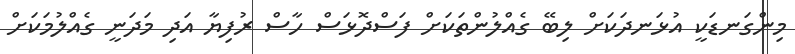
މިންގަނޑަކީ އުޅަނދަކަށް ލިބޭ ގެއްލުންތަކަށް ފަސްދޮޅަސް ހާސް ރުފިޔާ އަދި މަދަނީ ގެއްލުމަކަށް